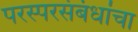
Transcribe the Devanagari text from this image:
परस्परसंबंधांचा